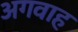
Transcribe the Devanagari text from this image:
अगवाह